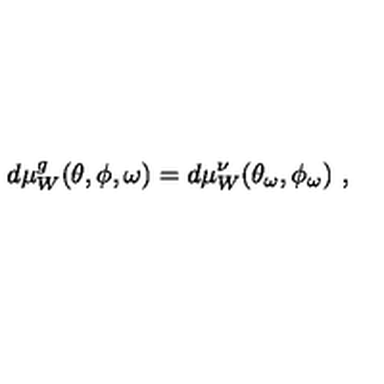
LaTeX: d \mu _ { W } ^ { g } ( \theta , \phi , \omega ) = d \mu _ { W } ^ { \nu } ( \theta _ { \omega } , \phi _ { \omega } ) \ ,